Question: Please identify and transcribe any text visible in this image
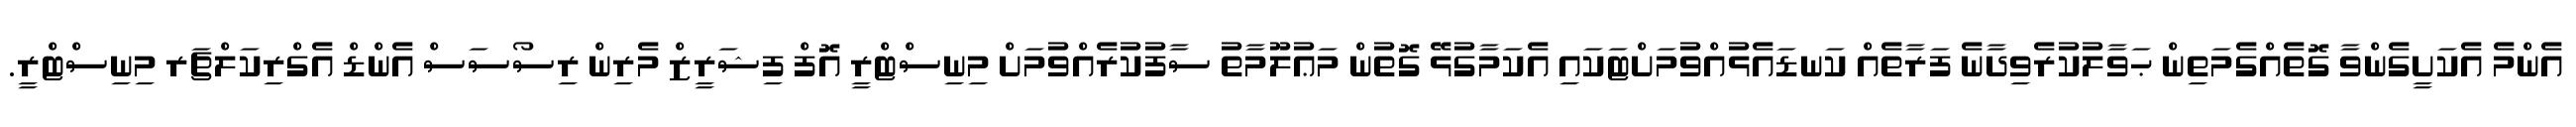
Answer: އެންމެ އެކަށީގެންވާ ގޮތެއްގެމަތިން ޙަވާލުކުރެވިދާނެ ފަރާތެއް ކަނޑައެޅުއްވުމަށްޓަކައި އެކަމާގުޅޭ ގޮތުން މަޢުލޫމާތު ސާފުކުރެއްވުމަށް މިނިސްޓްރީ އޮފް ފިޝަރީޒް މެރިން ރިސޯސަސް އެންޑް އެގްރިކަލްޗަރ މިނިސްޓްރީ.